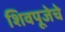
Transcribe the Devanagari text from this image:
शिवपूजेचे